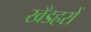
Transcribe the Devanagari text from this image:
खँडहरों